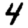
Digit: 4